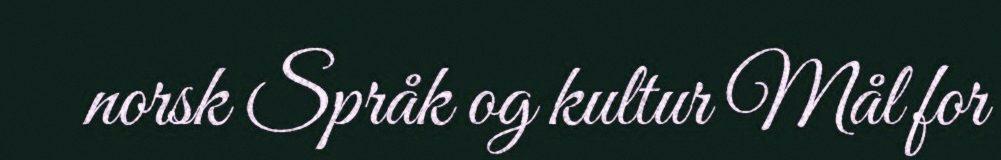
norsk Språk og kultur Mål for